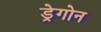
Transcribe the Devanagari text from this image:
ड्रेगोन